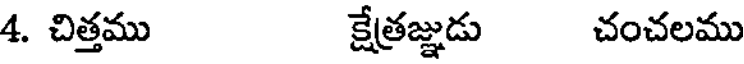
4. చిత్తము క్షేత్రజ్ఞుడు చంచలము